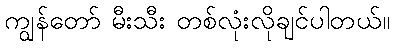
ကျွန်တော် မီးသီး တစ်လုံးလိုချင်ပါတယ်။